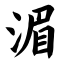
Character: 湄